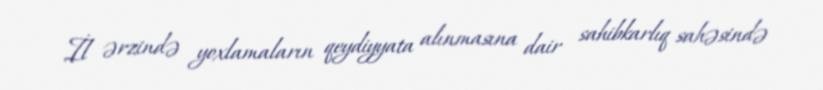
İl ərzində yoxlamaların qeydiyyata alınmasına dair sahibkarlıq sahəsində